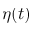
\eta ( t )